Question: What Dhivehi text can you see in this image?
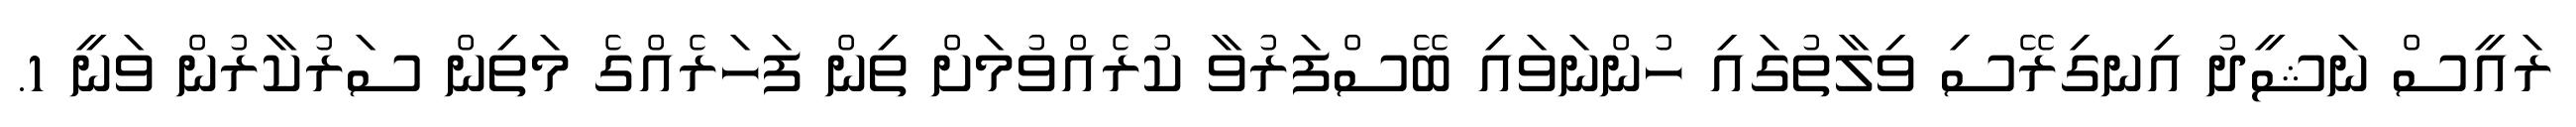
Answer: ރައީސް ނަޝީދު އިނގިރޭސި ވިލާތުގައި ހުންނަވައި ބޭސްފަރުވާ ކުރެއްވުމަށް ތިން ފަހަރެއްގެ މަތިން ސަރުކާރުން ވަނީ 1.